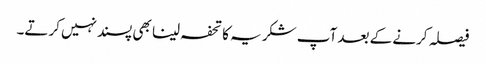
فیصلہ کرنے کے بعد آپ شکریہ کا تحفہ لینا بھی پسندنہیں کرتے۔